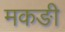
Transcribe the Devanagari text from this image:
मकङी